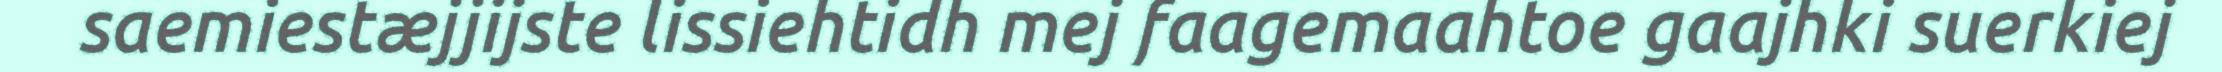
saemiestæjjijste lissiehtidh mej faagemaahtoe gaajhki suerkiej